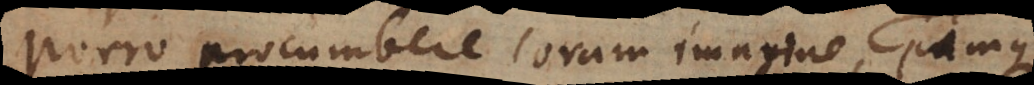
Porro procumbere coram imagine